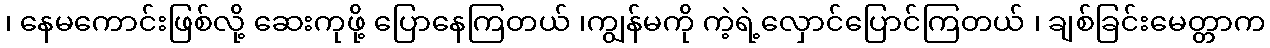
၊ နေမကောင်းဖြစ်လို့ ဆေးကုဖို့ ပြောနေကြတယ် ၊ကျွန်မကို ကဲ့ရဲ့လှောင်ပြောင်ကြတယ် ၊ ချစ်ခြင်းမေတ္တာက